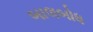
બાલબોધ